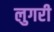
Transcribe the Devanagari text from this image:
लुगरी